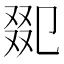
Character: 𠭋